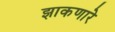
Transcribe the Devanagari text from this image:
झाकणारे